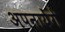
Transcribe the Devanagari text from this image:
अपनायेंगे